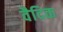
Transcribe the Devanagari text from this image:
वैदिक